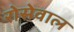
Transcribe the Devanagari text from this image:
रोसेवाल